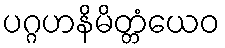
ပဂ္ဂဟနိမိတ္တံယေဝ